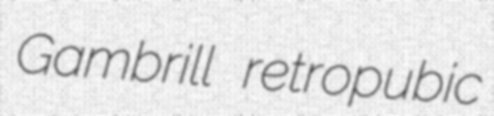
Gambrill retropubic